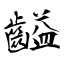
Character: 齸